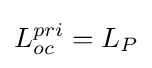
L_{oc}^{pri}=L_{P}